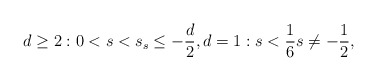
\begin{align*} d \geq 2: 0 < s < s_ s \leq - \frac d2, d = 1: s < \frac 16 s \ne - \frac 12, \end{align*}